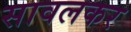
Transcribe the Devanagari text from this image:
सावलकर